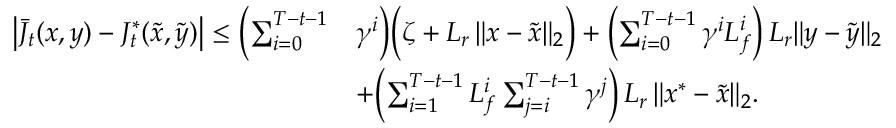
\begin{array} { r l } { \bigl | \bar { J } _ { t } ( x , y ) - J _ { t } ^ { * } ( \tilde { x } , \tilde { y } ) \bigr | \leq \biggl ( \sum _ { i = 0 } ^ { T - t - 1 } } & { \gamma ^ { i } \biggr ) \Bigl ( \zeta + L _ { r } \, \| x - \tilde { x } \| _ { 2 } \Bigr ) + \biggl ( \sum _ { i = 0 } ^ { T - t - 1 } \gamma ^ { i } L _ { f } ^ { i } \biggr ) \, L _ { r } \| y - \tilde { y } \| _ { 2 } } \\ & { + \biggl ( \sum _ { i = 1 } ^ { T - t - 1 } L _ { f } ^ { i } \sum _ { j = i } ^ { T - t - 1 } \gamma ^ { j } \biggr ) \, L _ { r } \, \| x ^ { * } - \tilde { x } \| _ { 2 } . } \end{array}